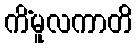
ကိံမူလကာတိ